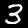
Label: 3